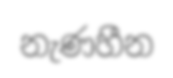
නැණහීන